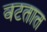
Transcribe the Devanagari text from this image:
वटतात